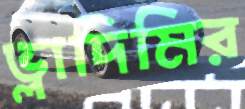
ভ্লাদিমির